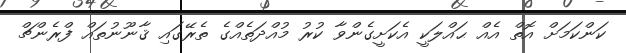
ކަންކަމަށް އޮތް އެއް ޙައްލަކީ އެކަށީގެންވާ ކުރު މުއްދަތެއްގެ ތެރޭގައި ޤާނޫނުތައް ފްރެންޗް